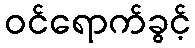
ဝင်ရောက်ခွင့်